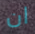
ان